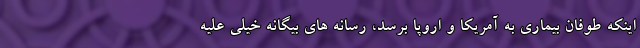
اینکه طوفان بیماری به آمریکا و اروپا برسد، رسانه های بیگانه خیلی علیه